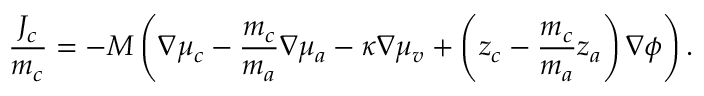
\frac { J _ { c } } { m _ { c } } = - M \left( \nabla \mu _ { c } - \frac { m _ { c } } { m _ { a } } \nabla \mu _ { a } - \kappa \nabla \mu _ { v } + \left( z _ { c } - \frac { m _ { c } } { m _ { a } } z _ { a } \right) \nabla \phi \right) .